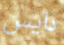
دايس